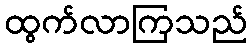
ထွက်လာကြသည်